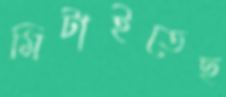
মিটাইতেছ